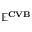
\mathbf { \mathbb { E } ^ { C V B } }